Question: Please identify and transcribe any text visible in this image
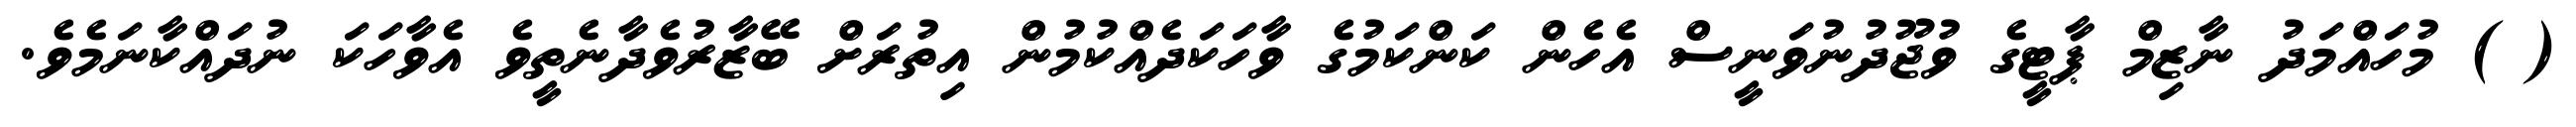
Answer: ( ) މުހައްމަދު ނާޒިމް ޕާޓީގެ ވުޖޫދުނުވަނީސް އެހެން ކަންކަމުގެ ވާހަކަދެއްކުމުން އިތުރަށް ބޭޒާރުވެދާނެތީވެ އެވާހަކަ ނުދައްކާނަމެވެ.